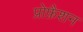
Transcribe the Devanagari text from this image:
प्रोफ़ैशन